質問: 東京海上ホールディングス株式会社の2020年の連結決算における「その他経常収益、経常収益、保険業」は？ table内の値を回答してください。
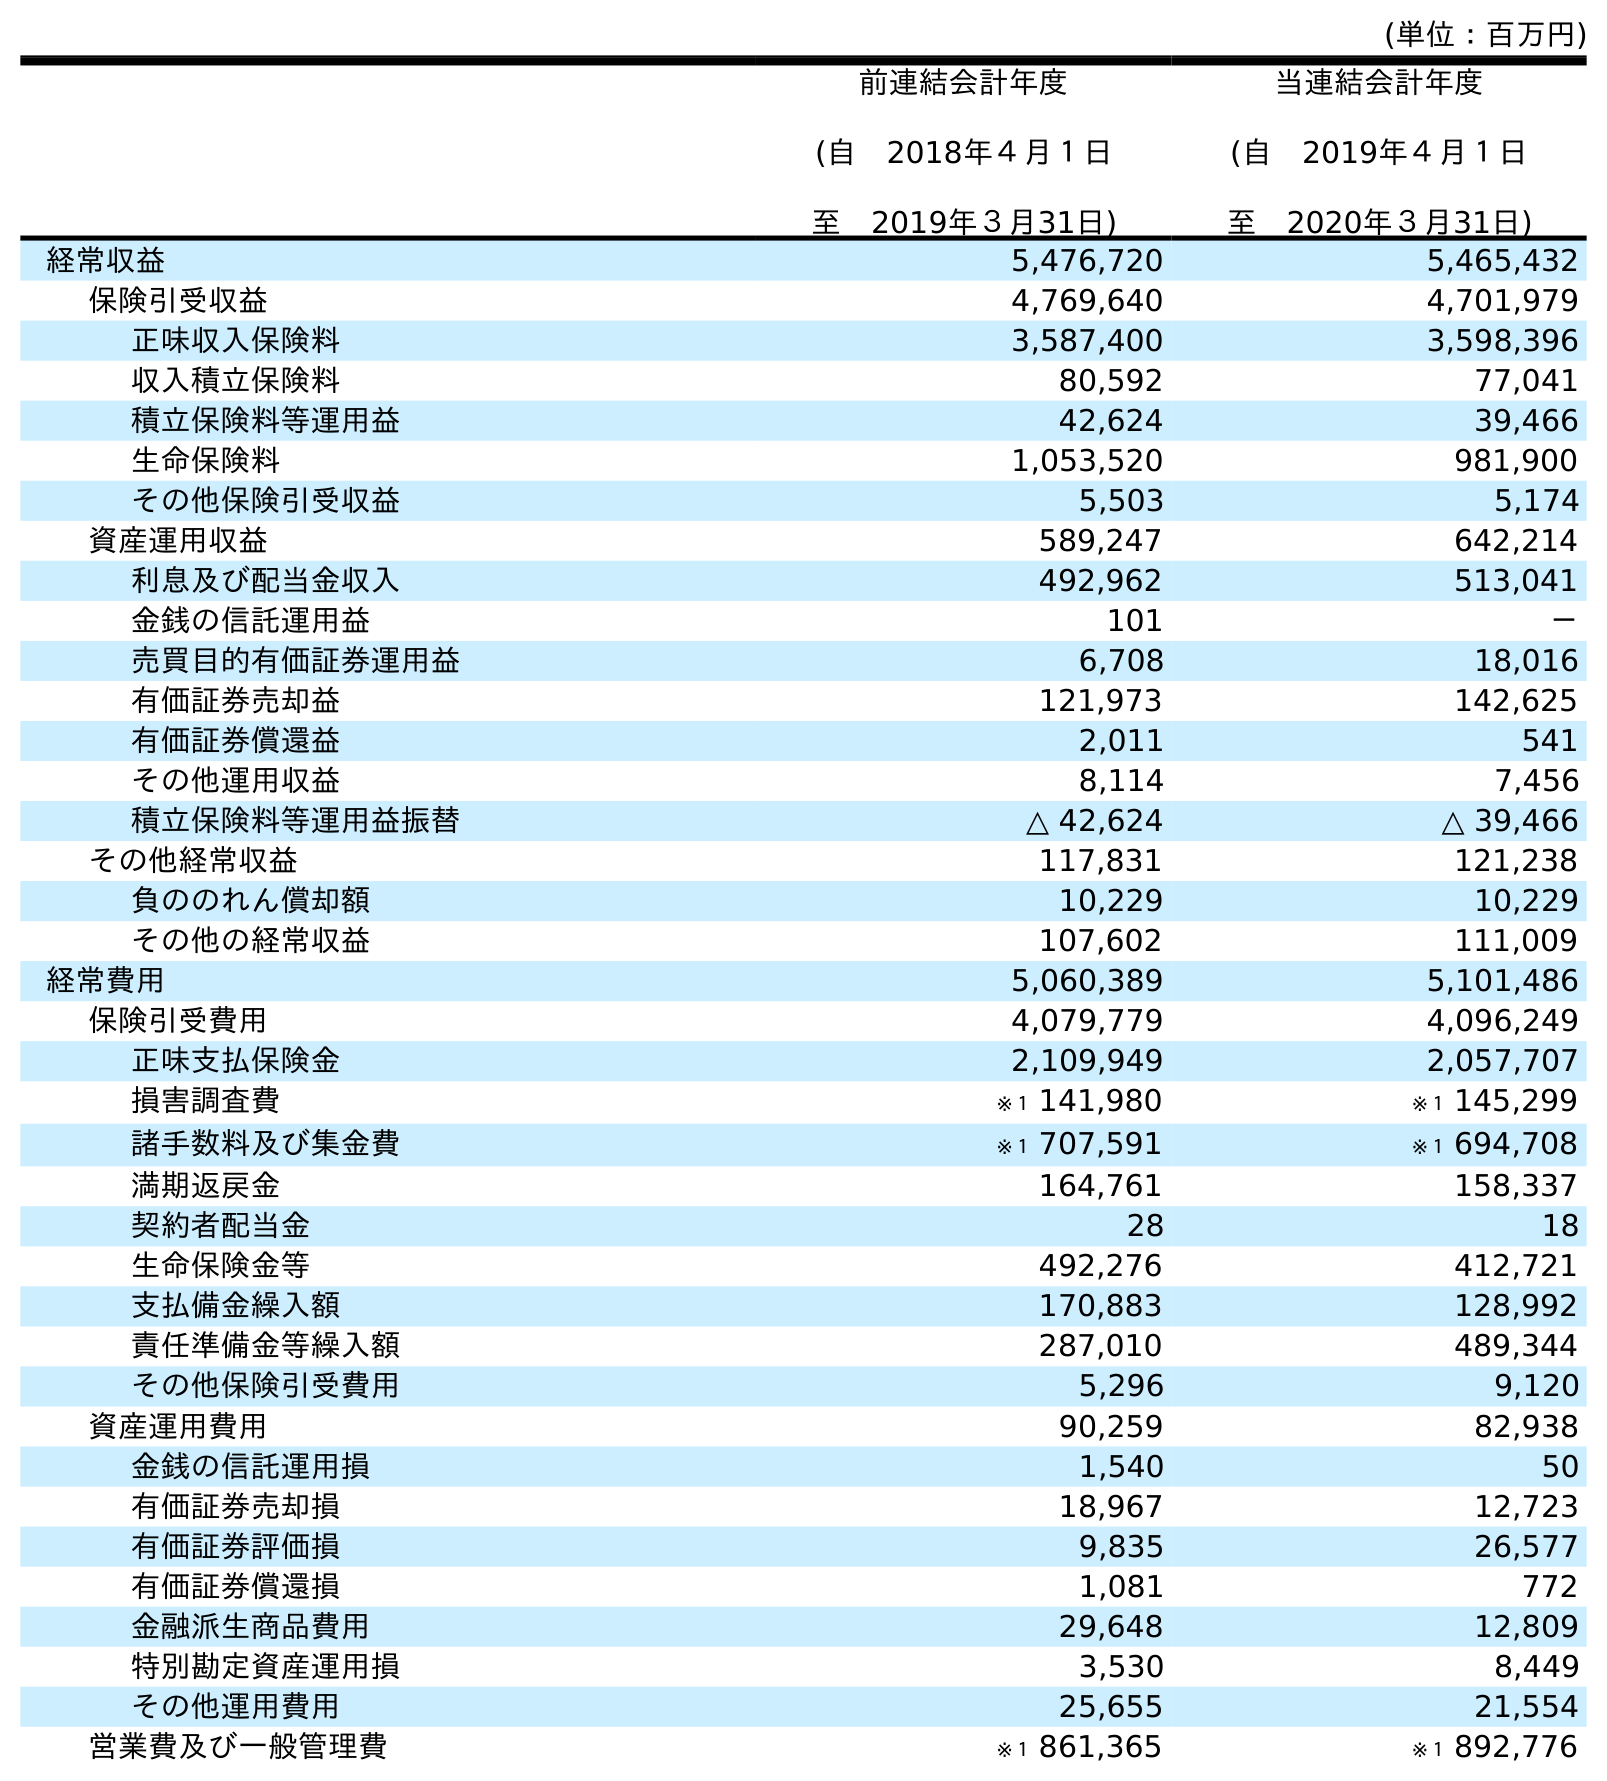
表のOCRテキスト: (単位：百万円) 前連結会計年度 (自 2018年４月１日 至 2019年３月31日) 当連結会計年度 (自 2019年４月１日 至 2020年３月31日) 経常収益 5,476,720 5,465,432 保険引受収益 4,769,640 4,701,979 正味収入保険料 3,587,400 3,598,396 収入積立保険料 80,592 77,041 積立保険料等運用益 42,624 39,466 生命保険料 1,053,520 981,900 その他保険引受収益 5,503 5,174 資産運用収益 589,247 642,214 利息及び配当金収入 492,962 513,041 金銭の信託運用益 101 － 売買目的有価証券運用益 6,708 18,016 有価証券売却益 121,973 142,625 有価証券償還益 2,011 541 その他運用収益 8,114 7,456 積立保険料等運用益振替 △ 42,624 △ 39,466 その他経常収益 117,831 121,238 負ののれん償却額 10,229 10,229 その他の経常収益 107,602 111,009 経常費用 5,060,389 5,101,486 保険引受費用 4,079,779 4,096,249 正味支払保険金 2,109,949 2,057,707 損害調査費 ※１ 141,980 ※１ 145,299 諸手数料及び集金費 ※１ 707,591 ※１ 694,708 満期返戻金 164,761 158,337 契約者配当金 28 18 生命保険金等 492,276 412,721 支払備金繰入額 170,883 128,992 責任準備金等繰入額 287,010 489,344 その他保険引受費用 5,296 9,120 資産運用費用 90,259 82,938 金銭の信託運用損 1,540 50 有価証券売却損 18,967 12,723 有価証券評価損 9,835 26,577 有価証券償還損 1,081 772 金融派生商品費用 29,648 12,809 特別勘定資産運用損 3,530 8,449 その他運用費用 25,655 21,554 営業費及び一般管理費 ※１ 861,365 ※１ 892,776
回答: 121,238